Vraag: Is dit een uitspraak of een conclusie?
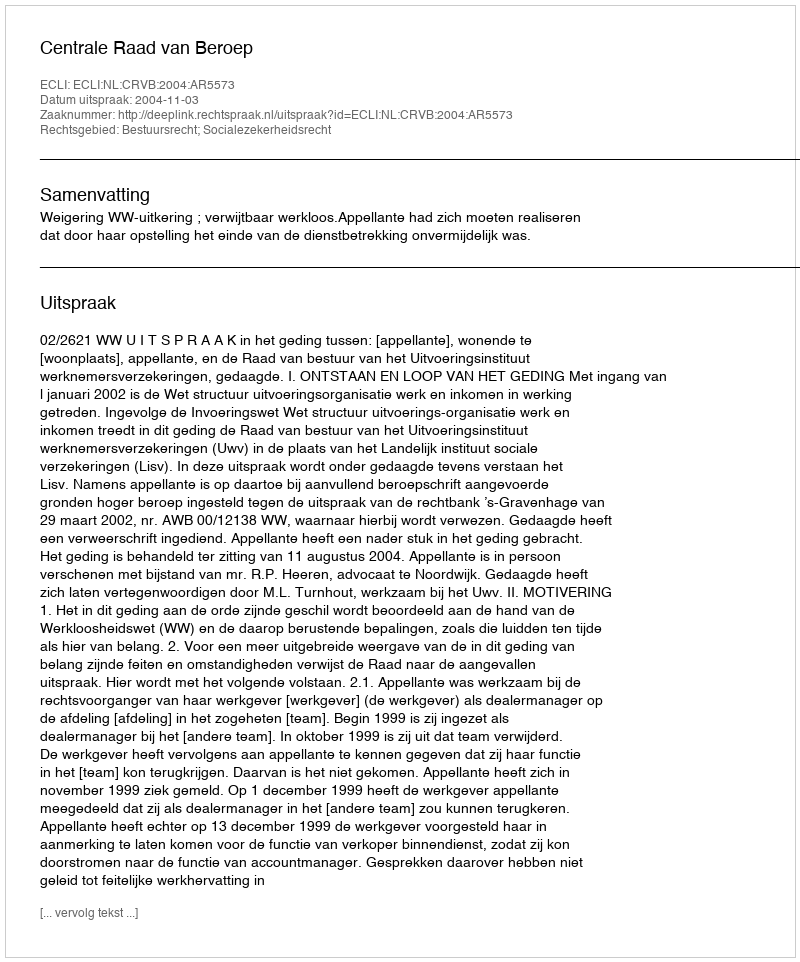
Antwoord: Uitspraak